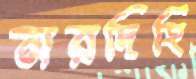
নরদিহি